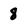
Character: 8